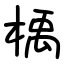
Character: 楀